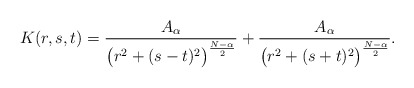
\begin{align*} K (r, s, t) = \frac{A_\alpha}{\bigl(r^2 + (s - t)^2\bigr)^\frac{N - \alpha}{2}} + \frac{A_\alpha}{\bigl(r^2 + (s + t)^2\bigr)^\frac{N - \alpha}{2}}.\end{align*}